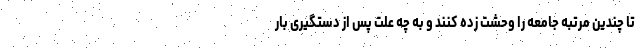
تا چندین مرتبه جامعه را وحشت زده کنند و به چه علت پس از دستگیری بار